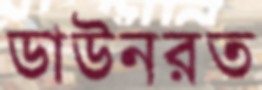
ডাউনরত